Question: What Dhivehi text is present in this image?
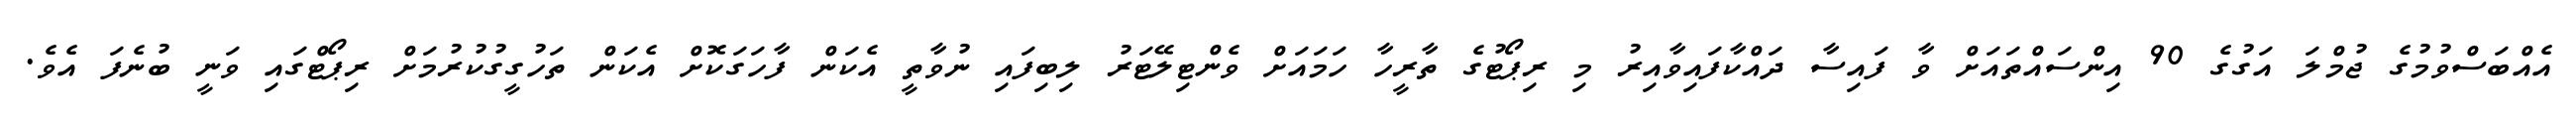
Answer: އެއްބަސްވުމުގެ ޖުމްލަ އަގުގެ 90 އިންސައްތައަށް ވާ ފައިސާ ދައްކާފައިވާއިރު މި ރިޕޯޓުގެ ތާރީހާ ހަމައަށް ވެންޓިލޭޓަރު ލިބިފައި ނުވާތީ އެކަން ފާހަގަކޮށް އެކަން ތަހުގީގުކުރުމަށް ރިޕޯޓްގައި ވަނީ ބުނެފަ އެވެ.